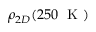
\rho _ { 2 D } ( 2 5 0 \, \, \mathrm { ~ K ~ } )